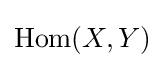
{\text{Hom}}(X,Y)